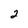
Character: 2